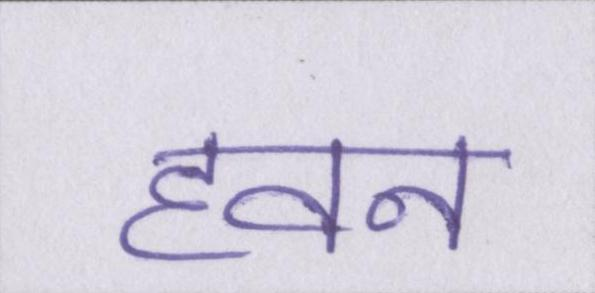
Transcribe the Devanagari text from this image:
हवन